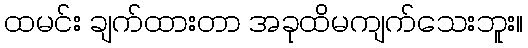
ထမင်း ချက်ထားတာ အခုထိမကျက်သေးဘူး။